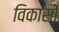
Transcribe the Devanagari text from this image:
विकासों